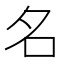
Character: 名